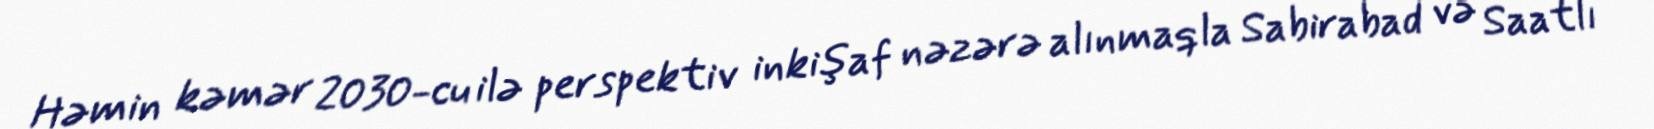
Həmin kəmər 2030-cu ilə perspektiv inkişaf nəzərə alınmaqla Sabirabad və Saatlı